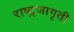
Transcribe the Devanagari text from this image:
राष्ट्रजागृती